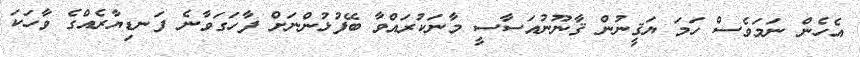
އެހެން ނަމަވެސް ހަމަ ޔަޤީނުން ޤާނޫނުއަސާސީ މާނަކުރައްވާ ބޭފުޅުންނަށް ފާހަގަވާނެ ފަނޑިޔާރެއްގެ ވާހަކަ